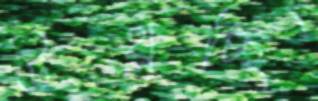
উথ্‌লচ্ছি